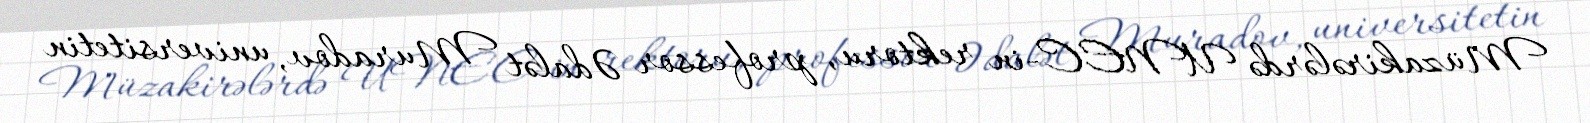
Müzakirələrdə UNEC-in rektoru, professor Ədalət Muradov, universitetin